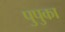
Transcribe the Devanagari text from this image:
पुपुका